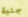
جلبة